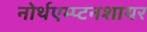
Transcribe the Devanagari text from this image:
नोर्थएम्प्टनशायर